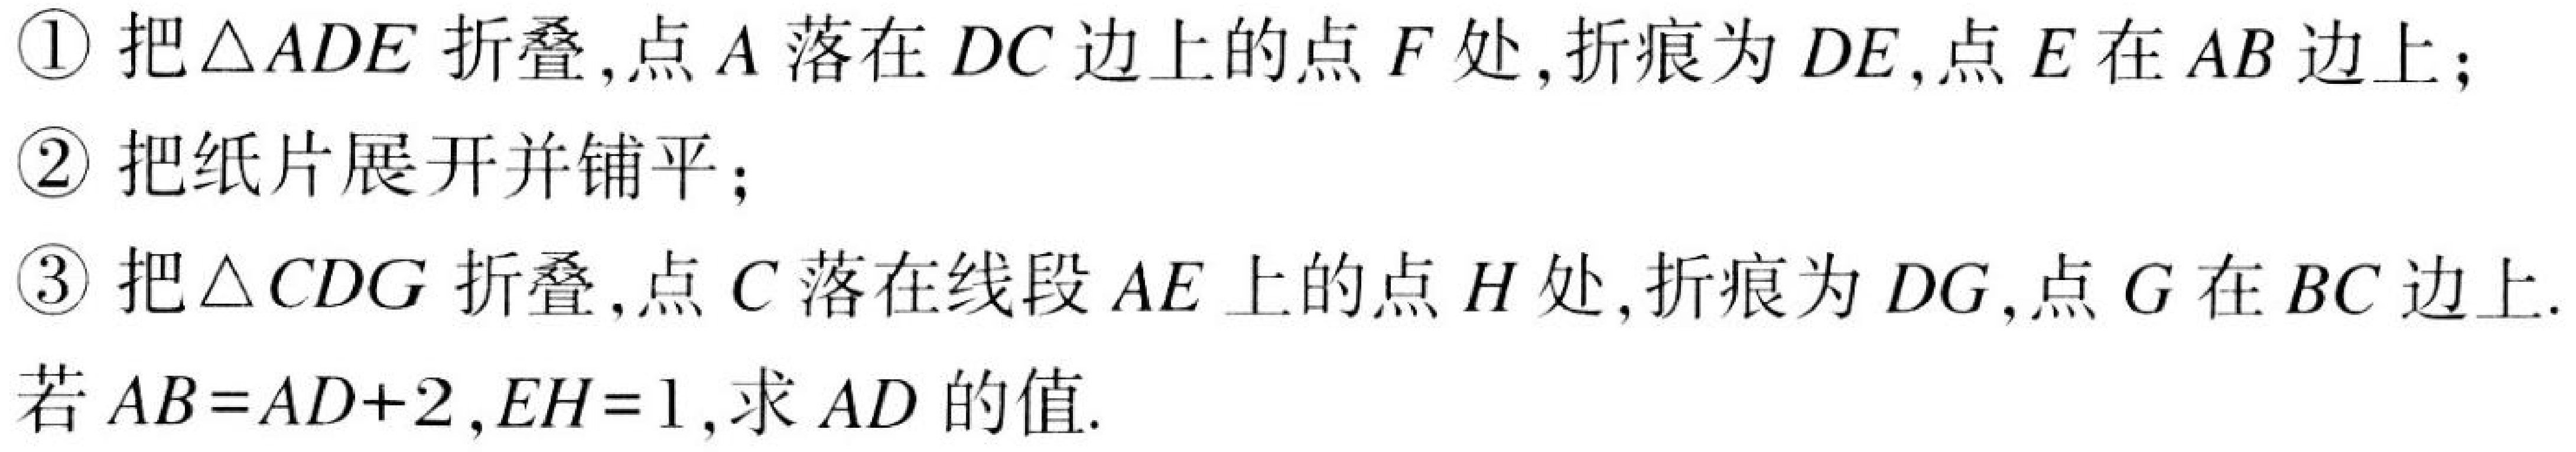
\textcircled{1} 把\(\triangle ADE\)折叠,点\(A\)落在\(DC\)边上的点\(F\)处,折痕为\(DE\),点\(E\)在\(AB\)边上;
\textcircled{2} 把纸片展开并铺平;
\textcircled{3} 把\(\triangle CDG\)折叠,点\(C\)落在线段\(AE\)上的点\(H\)处,折痕为\(DG\),点\(G\)在\(BC\)边上.

若\(AB = AD + 2\),\(EH = 1\),求\(AD\)的值.